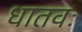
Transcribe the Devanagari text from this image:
धातवः